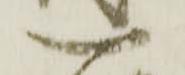
一